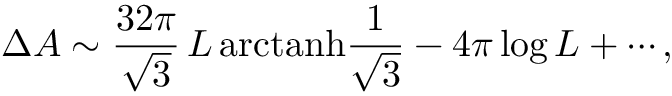
\Delta A \sim \frac { 3 2 \pi } { \sqrt { 3 } } \, L \, { \mathrm { a r c t a n h } } \frac 1 { \sqrt { 3 } } - 4 \pi \log L + \cdots ,